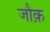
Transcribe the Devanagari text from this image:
जौक़